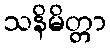
သနိမိတ္တာ